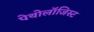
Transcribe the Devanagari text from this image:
पेथोलॉजिस्ट